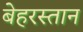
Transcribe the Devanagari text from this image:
बेहरस्तान